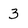
Character: 3